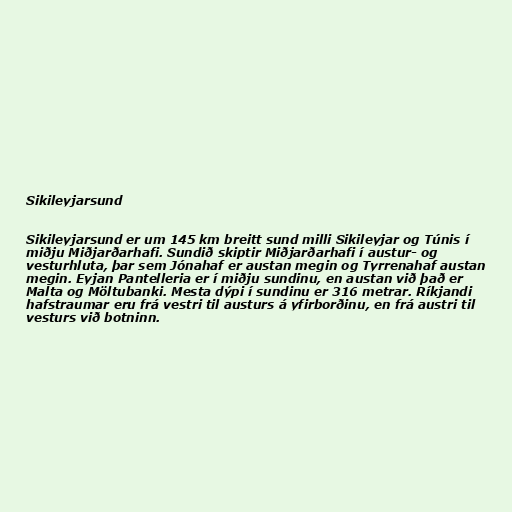
Sikileyjarsund

Sikileyjarsund er um 145 km breitt sund milli Sikileyjar og Túnis í
miðju Miðjarðarhafi. Sundið skiptir Miðjarðarhafi í austur- og
vesturhluta, þar sem Jónahaf er austan megin og Tyrrenahaf austan
megin. Eyjan Pantelleria er í miðju sundinu, en austan við það er
Malta og Möltubanki. Mesta dýpi í sundinu er 316 metrar. Ríkjandi
hafstraumar eru frá vestri til austurs á yfirborðinu, en frá austri til
vesturs við botninn.